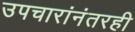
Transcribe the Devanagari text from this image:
उपचारांनंतरही